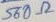
Text: 560Ω